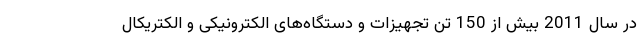
در سال 2011 بیش از 150 تن تجهیزات و دستگاه‌های الکترونیکی و الکتریکال